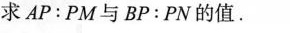
求$$A P ： P M$$与$$B P ： P N$$的值.